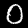
Digit: 0